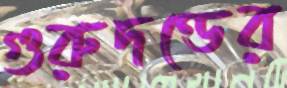
গুরুদণ্ডের